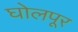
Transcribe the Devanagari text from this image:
घोलपूर